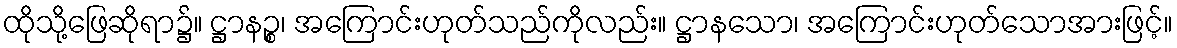
ထိုသို့ဖြေဆိုရာ၌။ ဋ္ဌာနဉ္စ၊ အကြောင်းဟုတ်သည်ကိုလည်း။ ဋ္ဌာနသော၊ အကြောင်းဟုတ်သောအားဖြင့်။